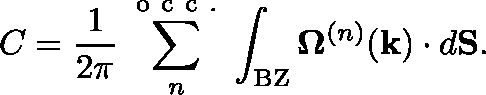
C = \frac { 1 } { 2 \pi } \sum _ { n } ^ { \mathrm { ~ o ~ c ~ c ~ . ~ } } \int _ { \mathrm { B Z } } \mathbf { \Omega } ^ { ( n ) } ( \mathbf { k } ) \cdot d \mathbf { S } .